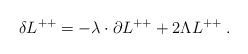
\begin{align*}\delta L^{++} = -\lambda\cdot\partial L^{++} + 2\Lambda L^{++}\;. \end{align*}